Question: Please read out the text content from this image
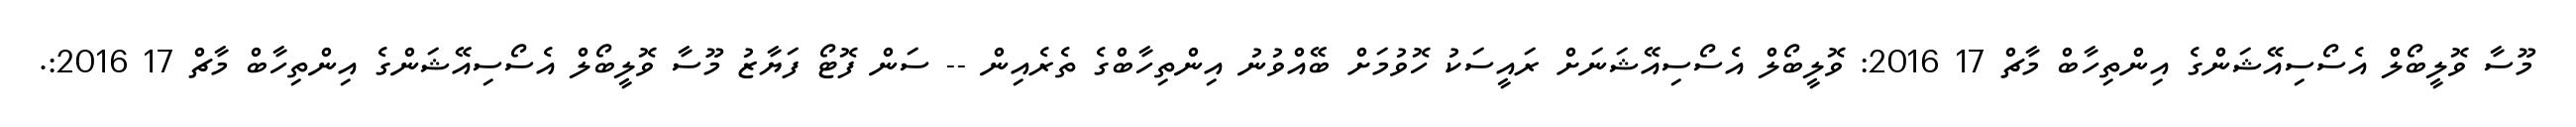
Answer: މޫސާ ވޮލީބޯލް އެސޯސިއޭޝަންގެ އިންތިހާބް މާޗް 17 2016: ވޮލީބޯލް އެސޯސިއޭޝަނަށް ރައީސަކު ހޮވުމަށް ބޭއްވުނު އިންތިހާބްގެ ތެރެއިން -- ސަން ފޮޓޯ ފަޔާޒު މޫސާ ވޮލީބޯލް އެސޯސިއޭޝަންގެ އިންތިހާބް މާޗް 17 2016:.